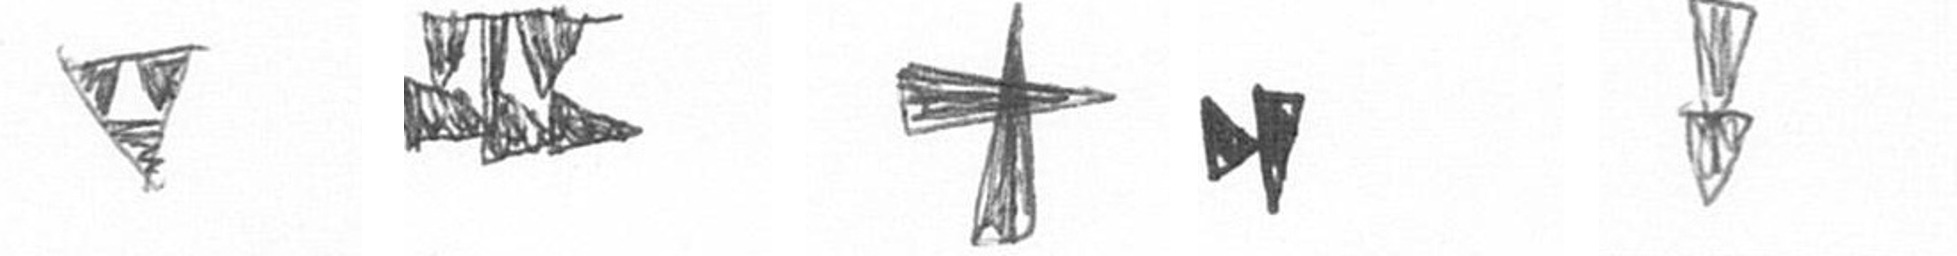
S D G M Z